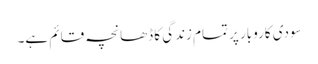
سودی کاروبار پر تمام زندگی کا ڈھانچہ قائم ہے۔